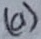
Text: (a)